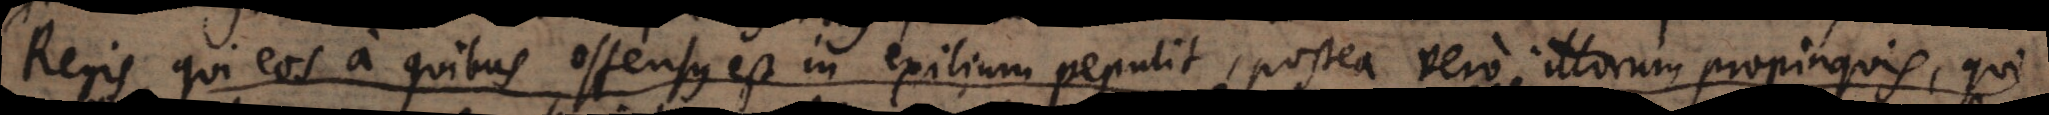
Regis, qui eos a quibus offensus est in exilium pepulit, postea vero illorum propinquis, qui